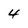
Character: 4